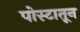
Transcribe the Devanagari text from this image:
पोस्टातून